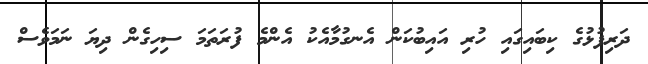
ދަރިފުޅުގެ ކިބައިގައި ހުރި އައިބުކަން އެނގުމާއެކު އެންމެ ފުރަތަމަ ސިހިގެން ދިޔަ ނަމަވެސް